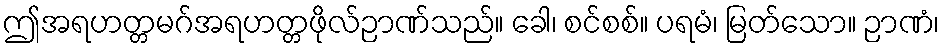
ဤအရဟတ္တမဂ်အရဟတ္တဖိုလ်ဉာဏ်သည်။ ခေါ၊ စင်စစ်။ ပရမံ၊ မြတ်သော။ ဉာဏံ၊